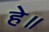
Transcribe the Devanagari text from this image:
हे॥